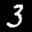
Label: 3